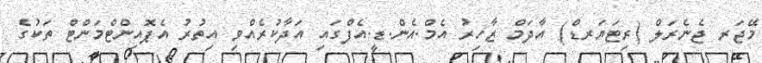
މޭޖަރ ޖެނެރަލް (ރިޓަޔަރޑް) އާދަމް ޒާހިރު އެމް.އެން.ޑީ.އެފްގައި އަދާކުރެއްވި އިތުރު އެޕޮއިންޓްމަންޓް ތަކުގެ